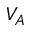
V _ { A }